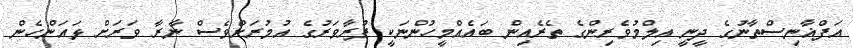
އަފްޣާނިސްތާނުގެ ދީނީ އިލްމުވެރިންގެ ތެރެއިން ބައެއްމީހުންނަކީ ފުރާވަރުގެ އުމުރަށްވެސް ނާރާ ވަރަށް ޅައަންހެން